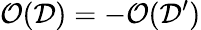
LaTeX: \mathcal{O}(\mathcal{D})=-\mathcal{O}(\mathcal{D^{\prime}})